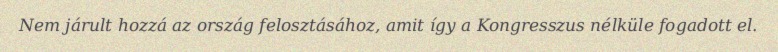
Nem járult hozzá az ország felosztásához, amit így a Kongresszus nélküle fogadott el.